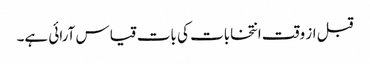
قبل از وقت انتخابات کی بات قیاس آرائی ہے۔